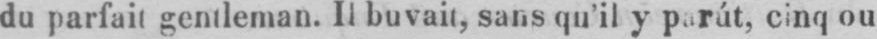
du parfait gentleman. Il buvait, sans qu’il y parút, cinq ou